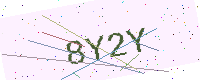
Text: 8Y2Y